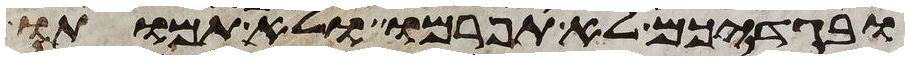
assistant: ובגדיכם לא תפרמו ולא תמותו